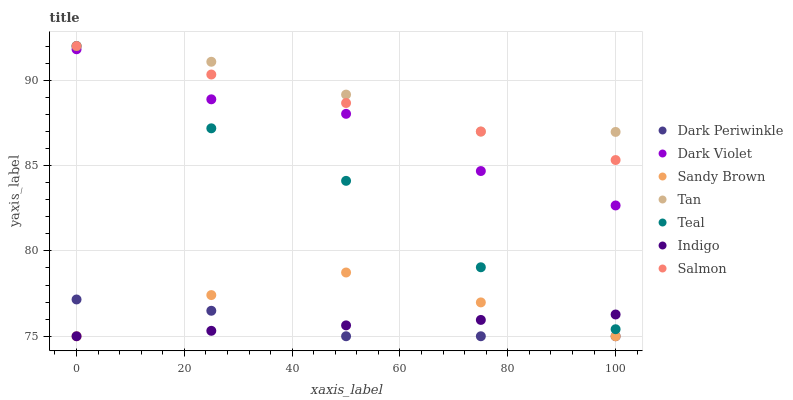
| xaxis_label | Dark Periwinkle | Dark Violet | Sandy Brown | Tan | Teal | Indigo | Salmon |
 | --- | --- | --- | --- | --- | --- | --- | --- |
 | 0 | 77.2 | 91.8 | 75 | 92 | 92 | 75 | 92 |
 | 25 | 76.5 | 88.9 | 77.4 | 91.1 | 87.2 | 75.3 | 90.3 |
 | 50 | 75 | 88 | 78.7 | 89.2 | 84.1 | 75.6 | 88.7 |
 | 75 | 75 | 84.7 | 77 | 87 | 79 | 76 | 87 |
 | 100 | 75 | 82.7 | 75 | 87 | 75.4 | 76.3 | 85.3 |